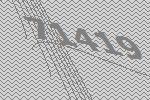
71419